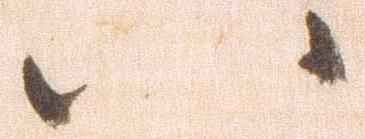
八